Civil Veterinary Department. Madras. Admin. report 1926-33 - 1926-1933
Year: 1926
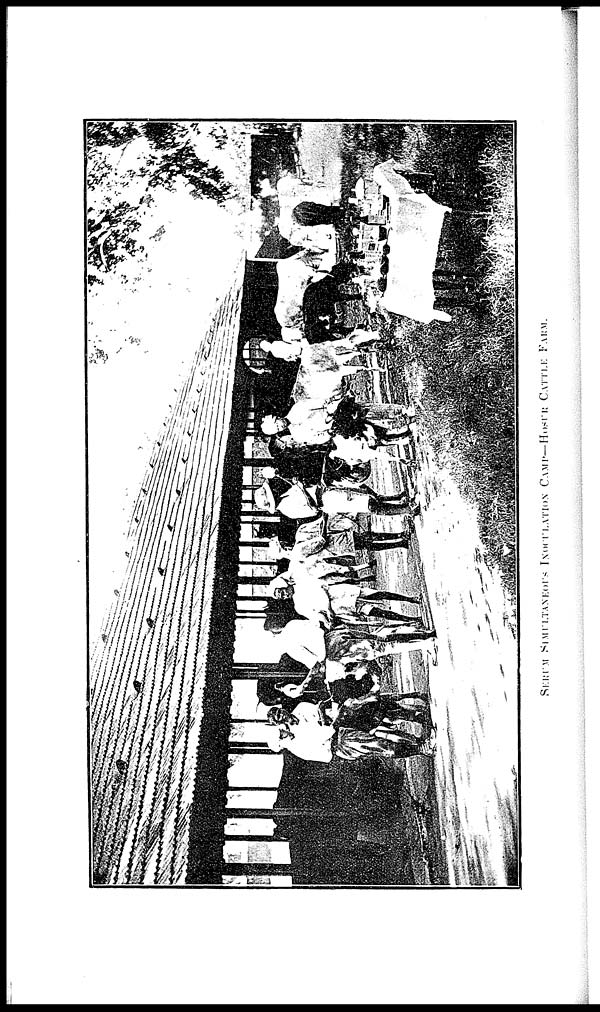
SERUM SIMULTANEOUS INOCULATION CAMP— HOSUR
CATTLE
FARM.